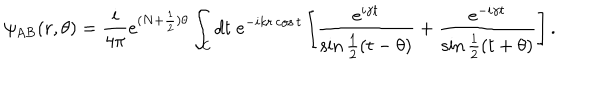
LaTeX: \psi _ { \mathrm { A B } } ( r , \theta ) = { \frac { i } { 4 \pi } } e ^ { ( N + { \frac { 1 } { 2 } } ) \theta } \int _ { \cal C } d t \; e ^ { - i k r \cos t } \left[ { \frac { e ^ { i \gamma t } } { \sin { \frac { 1 } { 2 } } ( t - \theta ) } } + { \frac { e ^ { - i \gamma t } } { \sin { \frac { 1 } { 2 } } ( t + \theta ) } } \right] .